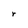
Character: r